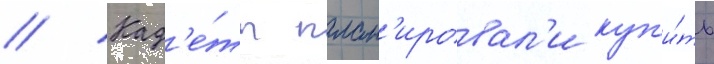
// Кад'е́ты план'ировал'и куп'и́ть